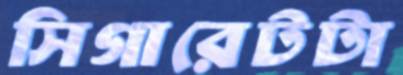
সিগারেটটা